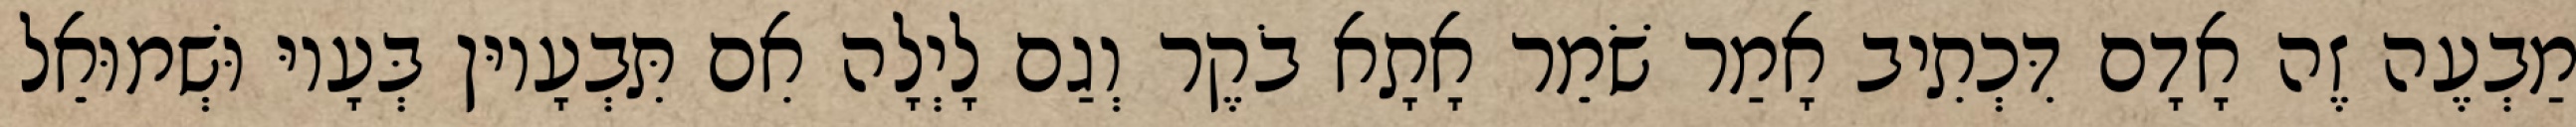
מַבְעֶה זֶה אָדָם דִּכְתִיב אָמַר שֹׁמֵר אָתָא בֹקֶר וְגַם לָיְלָה אִם תִּבְעָיוּן בְּעָיוּ וּשְׁמוּאֵל